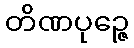
တိဏပုဉ္ဇေ